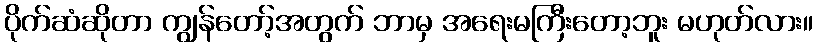
ပိုက်ဆံဆိုတာ ကျွန်တော့်အတွက် ဘာမှ အရေးမကြီးတော့ဘူး မဟုတ်လား။